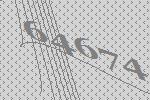
64674